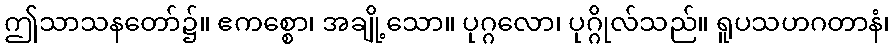
ဤသာသနတော်၌။ ဧကစ္စော၊ အချို့သော။ ပုဂ္ဂလော၊ ပုဂ္ဂိုလ်သည်။ ရူပသဟဂတာနံ၊